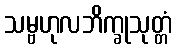
သမ္ဗဟုလဘိက္ခုသုတ္တံ